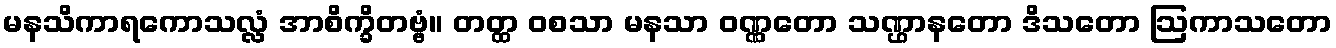
မနသိကာရကောသလ္လံ အာစိက္ခိတဗ္ဗံ။ တတ္ထ ဝစသာ မနသာ ဝဏ္ဏတော သဏ္ဌာနတော ဒိသတော ဩကာသတော